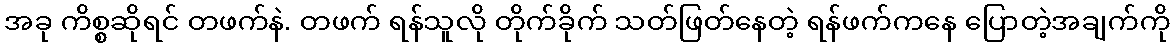
အခု ကိစ္စဆိုရင် တဖက်နဲ. တဖက် ရန်သူလို တိုက်ခိုက် သတ်ဖြတ်နေတဲ့ ရန်ဖက်ကနေ ပြောတဲ့အချက်ကို